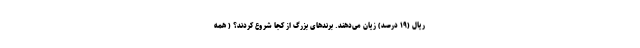
ریال (۱۹ درصد) زیان می‌دهند. برندهای بزرگ از کجا شروع کردند؟ ( همه